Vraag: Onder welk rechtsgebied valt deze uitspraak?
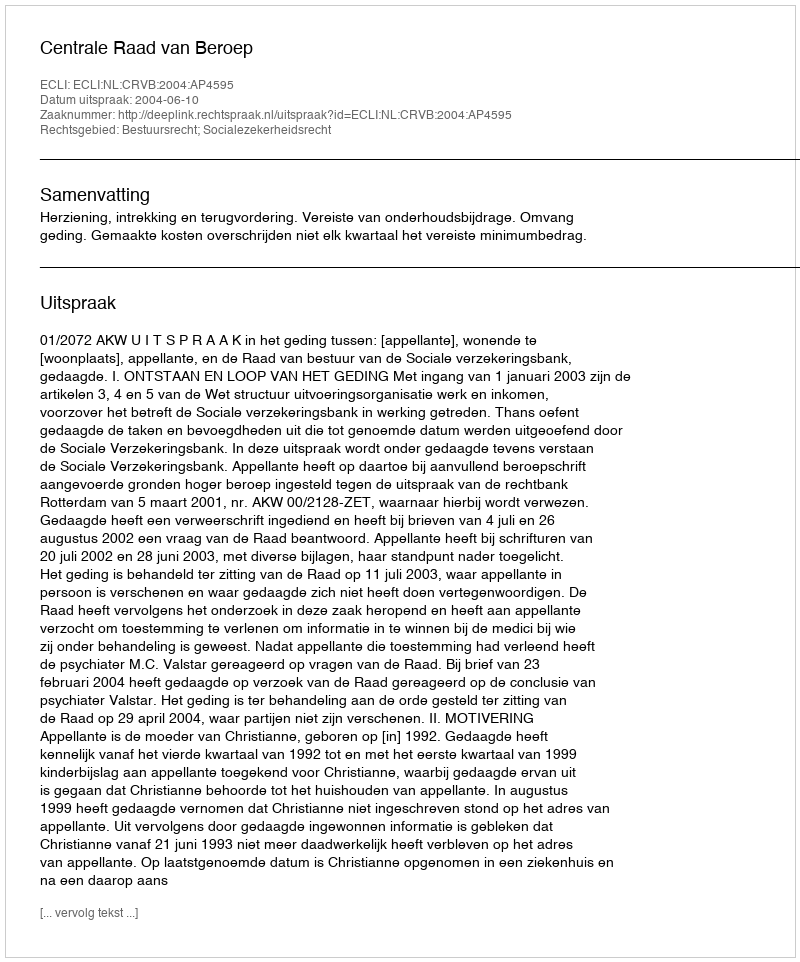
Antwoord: Bestuursrecht; Socialezekerheidsrecht